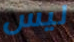
ليس